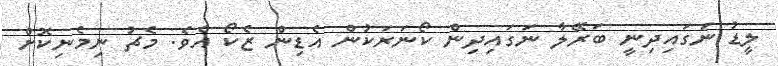
ލީޑު ނަގައިދިނީ ބަރޭލާ ނަގައިދިން ކޯނަރަކުން އެޑިން ޒެކޯ އެވެ. މެޗު ނިމެނިކޮށް